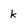
Character: k